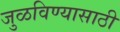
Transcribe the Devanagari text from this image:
जुळविण्यासाठी